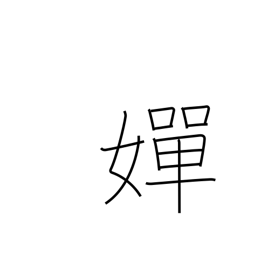
Meaning: beautiful